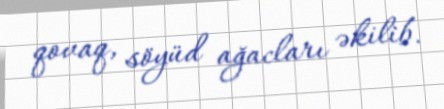
qovaq, söyüd ağacları əkilib.